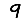
Digit: 9